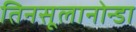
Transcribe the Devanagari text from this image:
तिनसूलानोन्डा